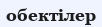
обектілер